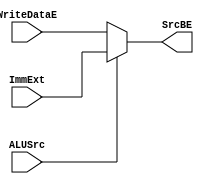
`timescale 1ns / 1ps
//////////////////////////////////////////////////////////////////////////////////
// Company: 
// Engineer: 
// 
// Design Name: 
// Module Name: Execute_mux_3
// Project Name: 
// Target Devices: 
// Tool Versions: 
// Description: 
// 
// Dependencies: 
// 
// Revision:
// Revision 0.01 - File Created
// Additional Comments:
// 
//////////////////////////////////////////////////////////////////////////////////


module Execute_mux_3(
input [31:0] WriteDataE,
input [31:0] ImmExt,
input ALUSrc,
output [31:0] SrcBE
    );
    
    assign SrcBE = (ALUSrc)?ImmExt:WriteDataE;
    
endmodule